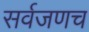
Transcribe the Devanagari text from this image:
सर्वजणच